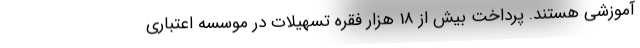
آموزشی هستند. پرداخت بیش از 18 هزار فقره تسهیلات در موسسه اعتباری